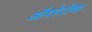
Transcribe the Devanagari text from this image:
ऑपरेटीव्ह